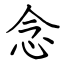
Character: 念